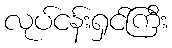
လုပ်ငန်းရှင်ကြီး